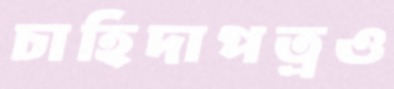
চাহিদাপত্রও